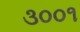
૩૦૦૧